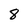
Character: 8